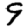
Digit: 9